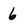
Character: 6